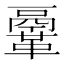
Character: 鞷